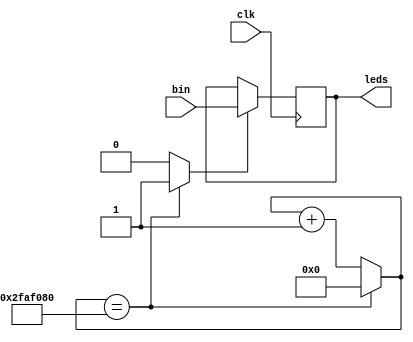
`timescale 1ns / 1ps
//////////////////////////////////////////////////////////////////////////////////
// Company: TEC
// 
// Design Name: Submodulo 2
// Module Name: Leds
// Project Name: Decodificador_Gray
// Target Devices: 
// Tool Versions: 
// Description: 
// 
// Dependencies: 
// 
// Revision:
// Revision 0.01 - File Created
// Additional Comments:
// 
//////////////////////////////////////////////////////////////////////////////////


module Leds(
    input wire [3:0] bin,
    output reg [3:0] leds,
    input clk
);
    reg [25:0] counter = 26'd0;
    reg enable = 0;

    always@(posedge clk)
    begin
        if(enable)
        begin
            leds <= bin;
        end
    end
    always @ *
    begin
        if(counter == 26'd50000000)
            begin
                counter = 26'd0;
            end
        else
            begin
                counter = counter + 26'd1;
            end
        enable = (counter == 26'd50000000)? 1'b1:1'b0;
    end


endmodule